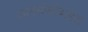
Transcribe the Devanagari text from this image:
जलसंपदेबाबत